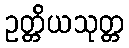
ဥတ္တိယသုတ္တ